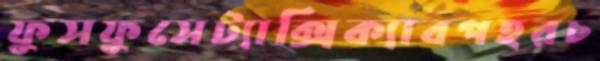
ফুসফুসেট্যাক্সিক্যাবপহরচ